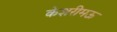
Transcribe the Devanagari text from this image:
केशरीमऊ